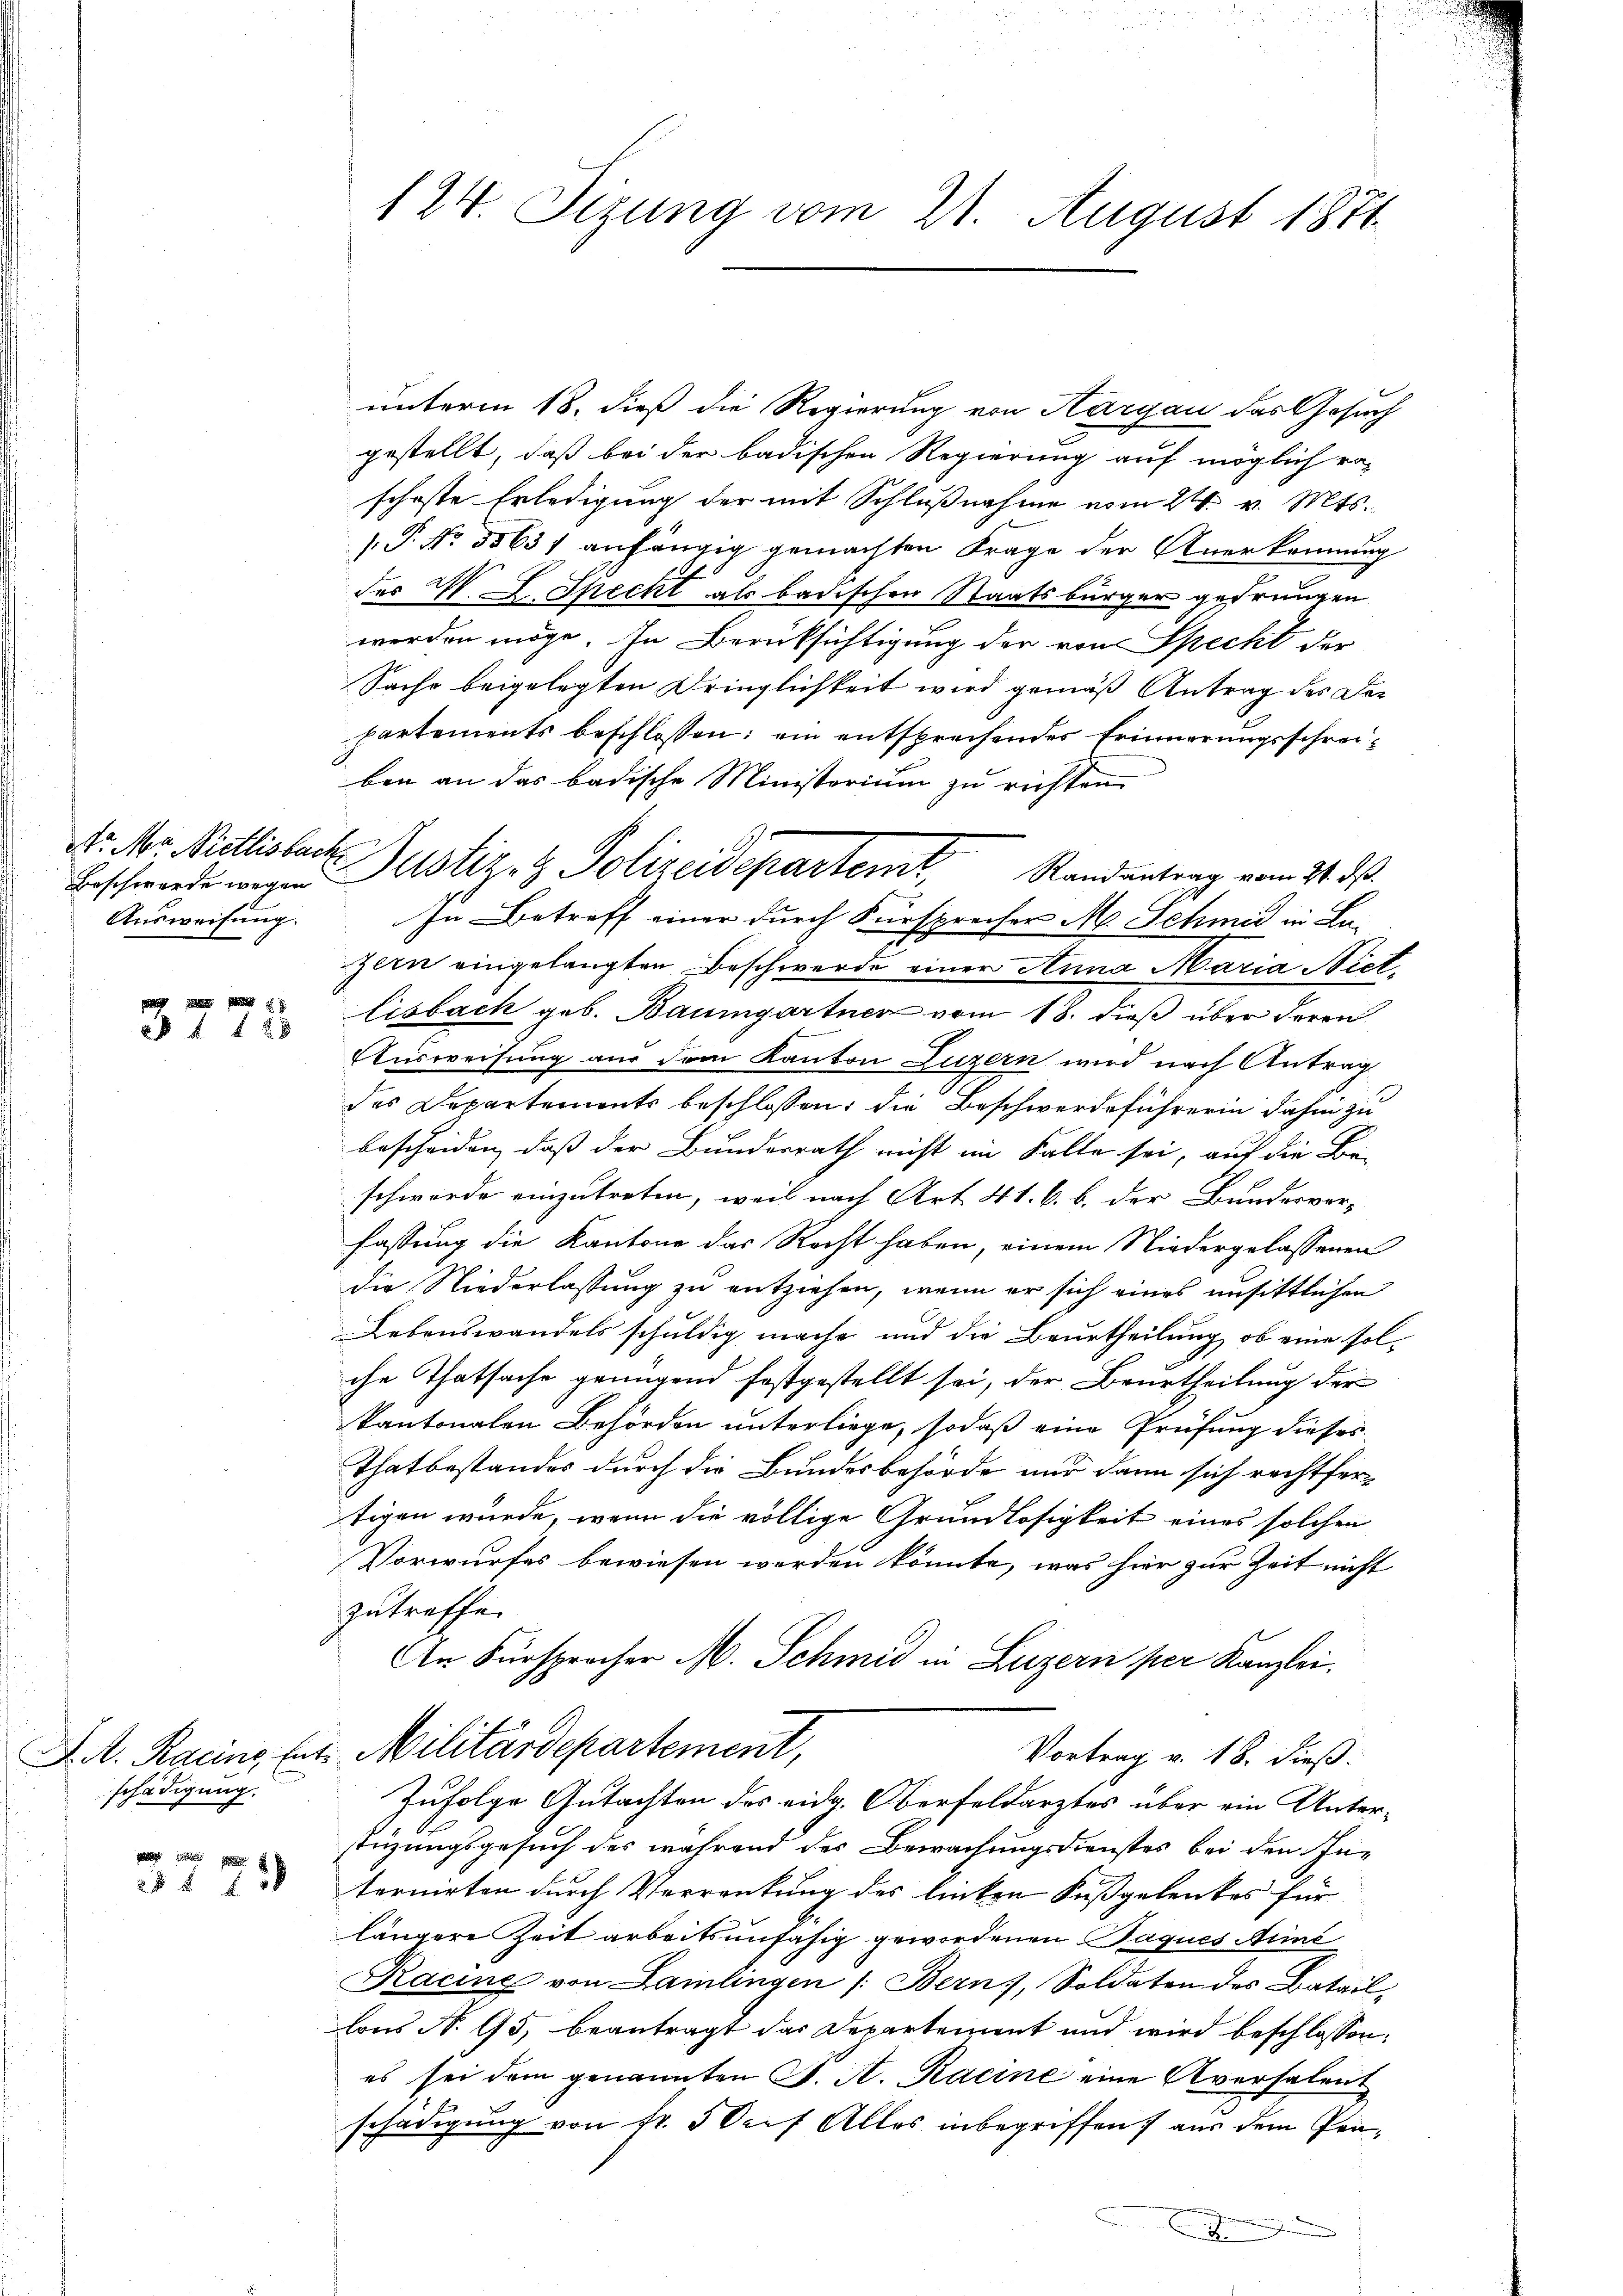
Nr. Mo. Vietlisbac
Beschwerde wegen
Ausweisung.

4 f 28

J. A. Racins Entschädigung.

31 f

124. Sizung vom 21. August 1871

unterm 18. dieß die Regierung von Hargau das Gesuch
gestellt, daß bei der badischen Regierung auf möglich ra-
schose Erledigung der mit Schlußnahme vom 24. v. Mts.
.P. Nr. 35631 anhängig gemachten Frage der Anerkennung
des M. L. Specht als badischen Staatsbürger gedrungen
werden möge. In Berüksichtigung der von Specht der
Sache beigelegten Dringlichkeit wird gemäß Antrag des Dar
partements beschlossen: ein entsprechendes Erinnerungsschreiben an das badische Ministerium zu richten
In Betreff einer durch Fürsprecher M. Schmid in Lazern eingelangten Beschwerde einer Anna Maria Nietlisbach geb. Baumgartner vom 18. dieß über deren
Ausweisung aus dem Kanton Luzern wird nach Antrag
des Departements beschlossen: die Beschwerdeführerin dahin zu
bescheiden, daß der Bundesrath nicht im Falle sei, auf die Be-
schwerde einzutreten, weil nach Art. 41. 6. b. der Bundesvor-
fassung die Kantone das Recht haben, einem Niedergelassenen
die Niederlassung zu entziehen, wenn er sich eines unsittlichen
Lebenswandels schuldig mache und die Beurtheilung, ob eine solche Thatsache genügend festgestellt sei, der Beurtheilung der
kantonalen Behörden unterliege, sodaß eine Prüfung dieses
Thatbestandes durch die Bundesbehörde nur dann sich rechtfertigen würde, wenn die völlige Grundlosigkeit eines solchen
Vorwurfes bewiesen werden könnte, was hier zur Zeit nicht
zutreffe.
An Fürsprocher M. Schmid in Luzern per Kanzlei.
Militärdepartement,
Vortrag v. 18. dieß:
Zufolge Gutachten des eidg. Oberfeldarztes über ein Unterstüzungsgesuch des während des Bewachungsdienstes bei den In-
ternirten durch Verrenkung des linken Fußgelenkes für
längere Zeit arbeitsunfähig gewordenen Paques Mić
Kacine von Lamlingen /: Bern, Soldaten des Bataillons N. 65, beantragt das Departement und wird beschlossen:
es sei dem genannten S. A. Racine eine Aversalent
schädigung von Fr. 5 Dorf Alles inbegriffen aus dem Prax

4. Justiz- & Polizeidepartemt, Randantrag vom 21 d.